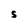
Character: S